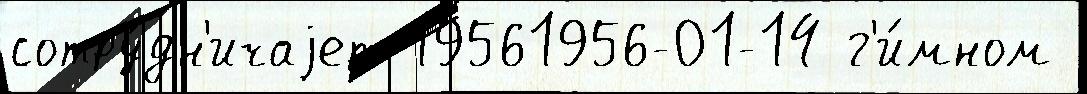
сотру́дн'ичаjет 19561956-01-14 г'и́мном